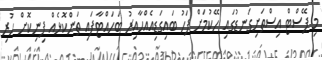
މި ޕޭސްޓް އިސްތަށިގަނޑުގައި ހޭކުމަށް ފަހު ބައިގަޑިއެއްހާއިރު ބަހައްޓާފައި ތަންކޮޅެއް ފިނިކޮށް ހުރި